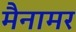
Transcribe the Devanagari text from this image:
मैनामर